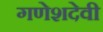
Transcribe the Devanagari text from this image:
गणेशदेवी